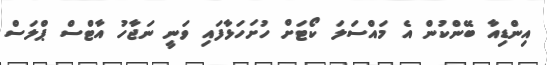
އިންޑިއާ ބޭންކުން އެ މައްސަލަ ކޯޓަށް ހުށަހަޅާފައި ވަނީ ނަޖާހު އާޓްސް ޕްލަސް